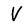
Character: V